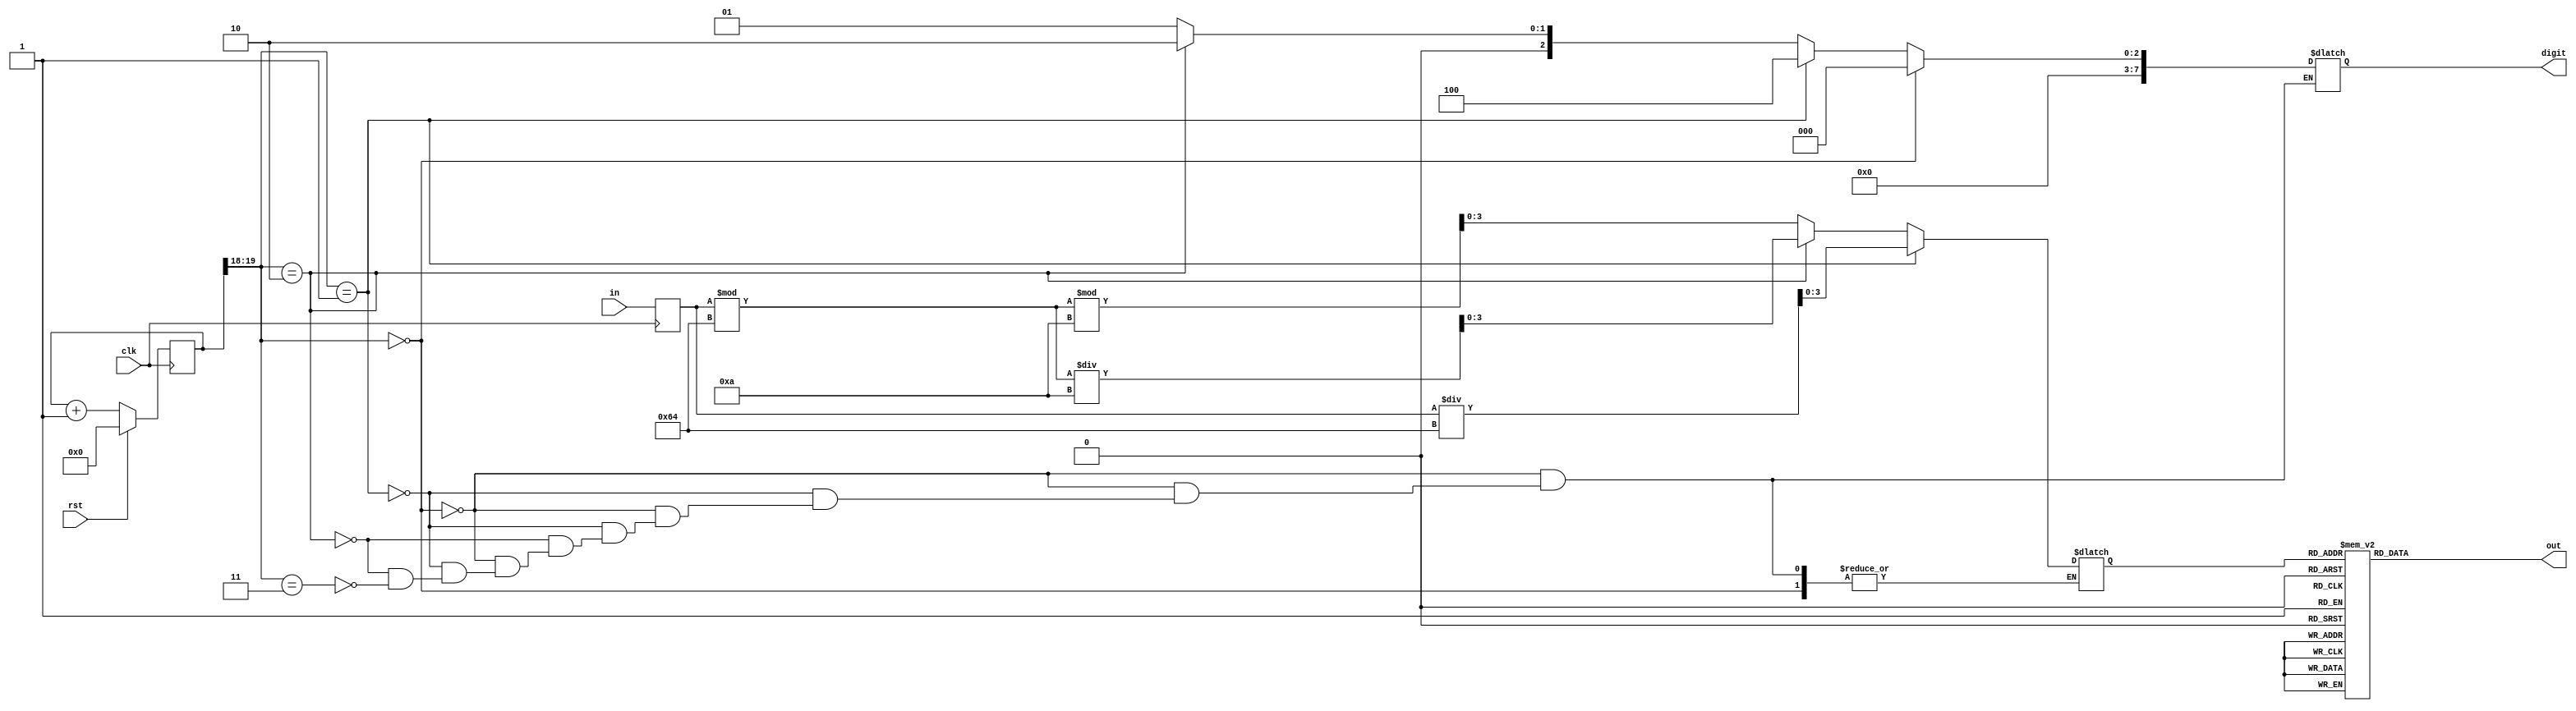
module segment7 (
    clk, rst, in, digit, out
);

    input clk, rst;                    // Clock and Reset inputs
    input [7:0] in;                    // Input data for the seven-segment display
    output [7:0] out, digit;            // Output for the seven-segment display and digit indicator

    reg [3:0] segmentNumber;            // Selected digit for the seven-segment display
    reg [7:0] inputNumber;              // Input data for processing
    reg [20:0] count;                   // Counter for sequencing operations
    reg [7:0] digit;
    reg [7:0] out;
    wire [1:0] flag;                    // Flag to determine the operation phase

    // Clock edge detection
    always @(posedge clk) begin
        inputNumber = in;               // Capture the input data at each clock edge
        if (rst == 1'b1) begin
            count <= 0;                  // Reset the counter if the reset signal is active
        end else begin
            count <= count + 1;          // Increment the counter during normal operation
        end
    end

    // Generate flag based on counter value
    assign flag = count[19:18];

    // Seven-segment digit assignment
    always @ (*) begin
        if (flag == 2'b00) begin
            digit = 8'b00000000;  // Set digit indicator for the default case
        end else if (flag == 2'b01) begin
            digit = 8'b00000100;         // Set digit indicator for the first phase
            segmentNumber = inputNumber / 100;  // Extract hundreds digit
        end else if (flag == 2'b10) begin
            digit = 8'b00000010;         // Set digit indicator for the second phase
            segmentNumber = (inputNumber % 100) / 10;  // Extract tens digit
        end else if (flag == 2'b11) begin
            digit = 8'b00000001;         // Set digit indicator for the third phase
            segmentNumber = (inputNumber % 100) % 10;  // Extract units digit
        end

    end

    // Seven-segment display logic
    always @ (*) begin
        case(segmentNumber)
            4'b0000: out = 8'b00111111;  // Display 0
            4'b0001: out = 8'b00000110;  // Display 1
            4'b0010: out = 8'b01011011;  // Display 2
            4'b0011: out = 8'b01001111;  // Display 3
            4'b0100: out = 8'b01100110;  // Display 4
            4'b0101: out = 8'b01101101;  // Display 5
            4'b0110: out = 8'b01111101;  // Display 6
            4'b0111: out = 8'b00100111;  // Display 7
            4'b1000: out = 8'b01111111;  // Display 8
            4'b1001: out = 8'b01101111;  // Display 9
            default: out = 8'b00000000;  // Handle default case

        endcase
    end

endmodule